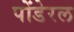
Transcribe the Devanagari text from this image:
पोंडेरल